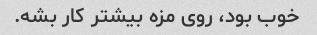
خوب بود، روی مزه بیشتر کار بشه.